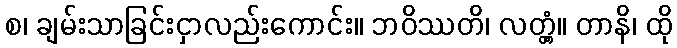
စ၊ ချမ်းသာခြင်းငှာလည်းကောင်း။ ဘဝိဿတိ၊ လတ္တံ့။ တာနိ၊ ထို